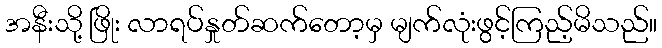
အနီးသို့ ဖြိုး လာရပ်နှုတ်ဆက်တော့မှ မျက်လုံးဖွင့်ကြည့်မိသည်။